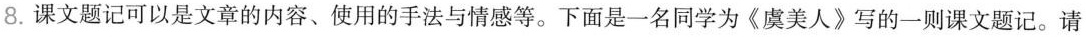
8.课文题记可以是文章的内容、使用的手法与情感等。下面是一名同学为《虞美人》写的一则课文题记。请